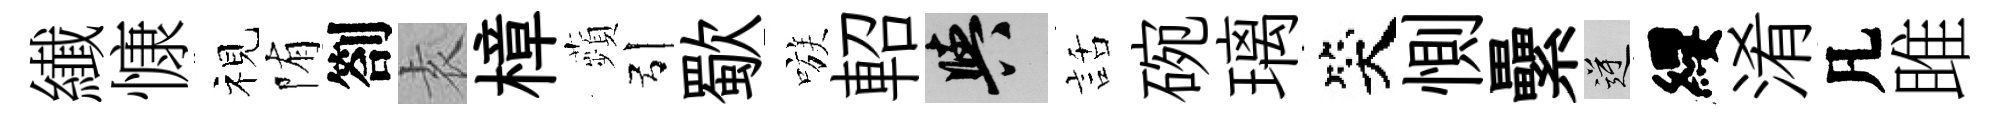
纎慷视陏劄𡊮樟蘋引歜嗾軺阳話碗璃笑惻纍逆纓淆凡雎